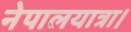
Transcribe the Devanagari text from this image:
नेपालयात्रा।